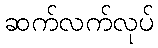
ဆက်လက်လုပ်